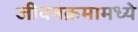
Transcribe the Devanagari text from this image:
जीवनक्रमामध्ये